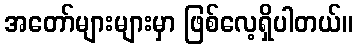
အတော်များများမှာ ဖြစ်လေ့ရှိပါတယ်။